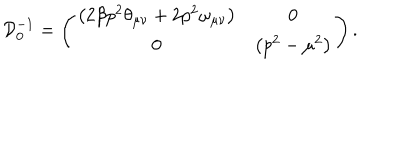
{ \cal D } _ { 0 } ^ { - 1 } = \left( \begin{array} { c c } { { \left( 2 \beta p ^ { 2 } \theta _ { \mu \nu } + 2 p ^ { 2 } \omega _ { \mu \nu } \right) } } & { { 0 } } \\ { { 0 } } & { { \left( p ^ { 2 } - \mu ^ { 2 } \right) } } \\ \end{array} \right) \mathrm { { . } }